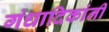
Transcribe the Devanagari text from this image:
गंधादिकांनीं